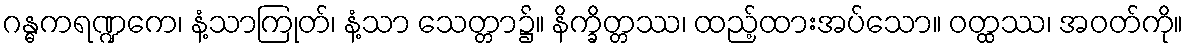
ဂန္ဓကရဏ္ဍကေ၊ နံ့သာကြုတ်၊ နံ့သာ သေတ္တာ၌။ နိက္ခိတ္တဿ၊ ထည့်ထားအပ်သော။ ဝတ္ထဿ၊ အဝတ်ကို။